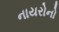
નાયરોનો